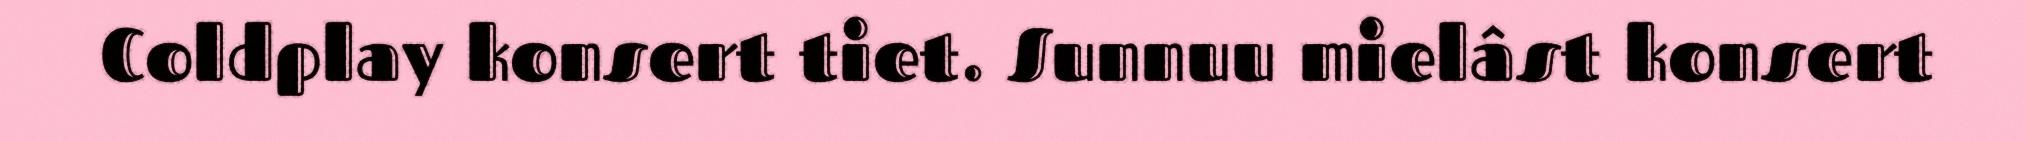
Coldplay konsert tiet. Sunnuu mielâst konsert